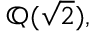
\mathbb { Q } ( { \sqrt { 2 } } ) ,